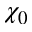
\chi _ { 0 }